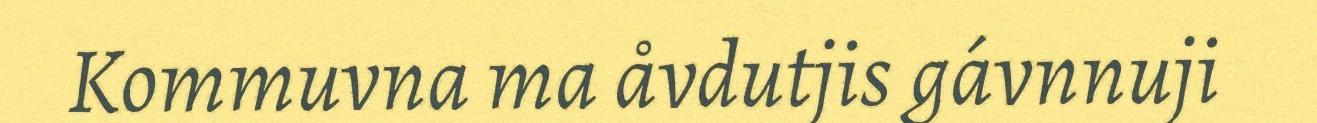
Kommuvna ma åvdutjis gávnnuji